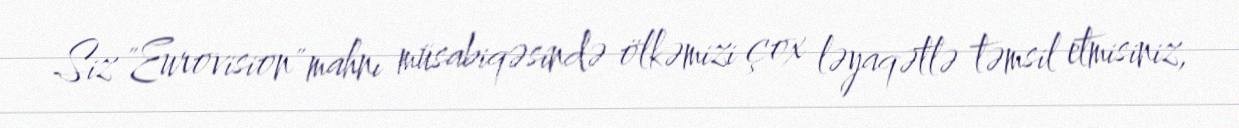
Siz "Eurovision" mahnı müsabiqəsində ölkəmizi çox ləyaqətlə təmsil etmisiniz,